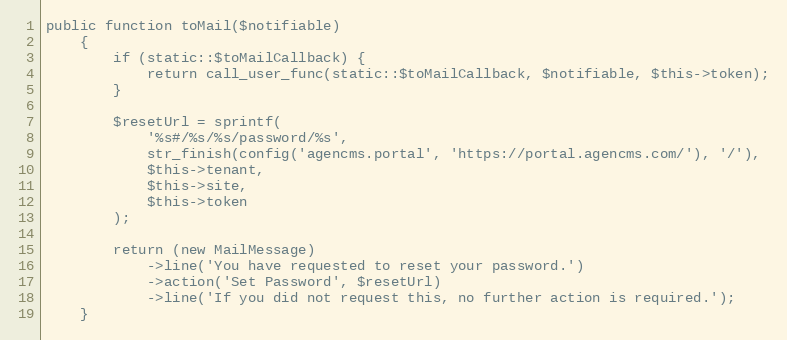
Language: PHP
public function toMail($notifiable)
    {
        if (static::$toMailCallback) {
            return call_user_func(static::$toMailCallback, $notifiable, $this->token);
        }

        $resetUrl = sprintf(
            '%s#/%s/%s/password/%s',
            str_finish(config('agencms.portal', 'https://portal.agencms.com/'), '/'),
            $this->tenant,
            $this->site,
            $this->token
        );

        return (new MailMessage)
            ->line('You have requested to reset your password.')
            ->action('Set Password', $resetUrl)
            ->line('If you did not request this, no further action is required.');
    }